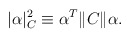
\begin{align*}|\alpha|_C^2 \equiv \alpha^T \|C\| \alpha .\end{align*}